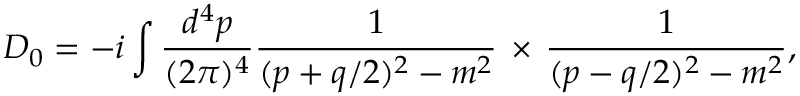
D _ { 0 } = - i \int { \frac { d ^ { 4 } p } { ( 2 \pi ) ^ { 4 } } } { \frac { 1 } { ( p + q / 2 ) ^ { 2 } - m ^ { 2 } } } \, \times \, { \frac { 1 } { ( p - q / 2 ) ^ { 2 } - m ^ { 2 } } } ,